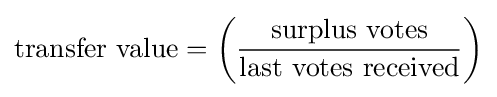
{\mbox{transfer value}}=\left({{\rm {\mbox{surplus votes}}} \over {\rm {\mbox{last votes received}}}}\right)